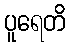
ပူရေတိ